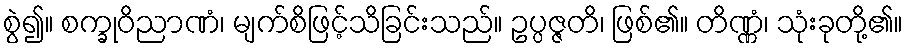
စွဲ၍။ စက္ခုဝိညာဏံ၊ မျက်စိဖြင့်သိခြင်းသည်။ ဥပ္ပဇ္ဇတိ၊ ဖြစ်၏။ တိဏ္ဏံ၊ သုံးခုတို့၏။